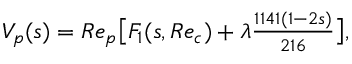
\begin{array} { r } { V _ { p } ( s ) = R e _ { p } \big [ F _ { 1 } ( s , R e _ { c } ) + \lambda \frac { 1 1 4 1 ( 1 - 2 s ) } { 2 1 6 } \big ] , } \end{array}